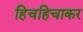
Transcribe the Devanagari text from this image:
हिचहिचाकर